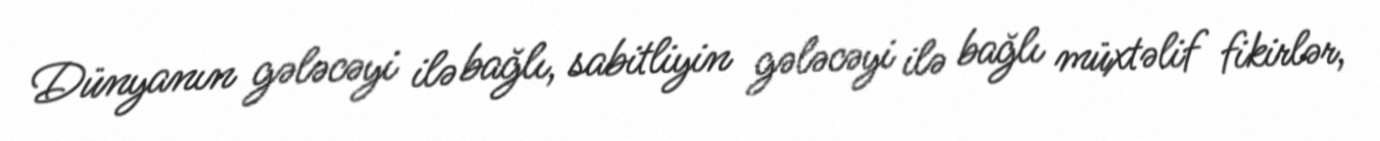
Dünyanın gələcəyi ilə bağlı, sabitliyin gələcəyi ilə bağlı müxtəlif fikirlər,